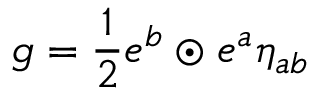
g = \frac 1 2 e ^ { b } \odot e ^ { a } \eta _ { a b }